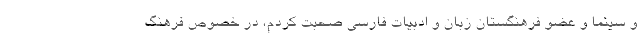
و سینما و عضو فرهنگستان زبان و ادبیات فارسی صحبت کردم، در خصوص فرهنگ